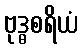
ဗုဒ္ဓစရိယံ